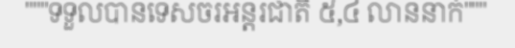
"""ទទួលបានទេសចរអន្តរជាតិ ៥,៤ លាននាក់"""